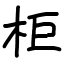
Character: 柜